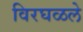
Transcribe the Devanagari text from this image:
विरघळले